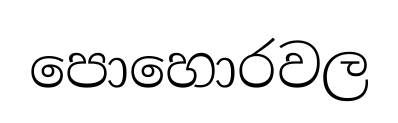
පොහොරවල